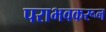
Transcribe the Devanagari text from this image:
पराभवकरून